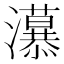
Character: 𭳲